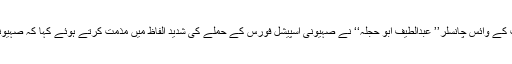
عالمی اردو خبررساں ادارے’’نیوزنور‘‘کی رپورٹ کے مطابق جامعہ بیرزیت کے وائس چانسلر’’ عبدالطیف ابو حجلہ‘‘ نے صہیونی اسپیشل فورس کے حملے کی شدید الفاظ میں مذمت کرتے ہوئے کہا کہ صہیونی فوج نے جامعہ کے ہزاروں طلباء کی زندگیوں کو خطرے میں ڈال دیا ہے۔